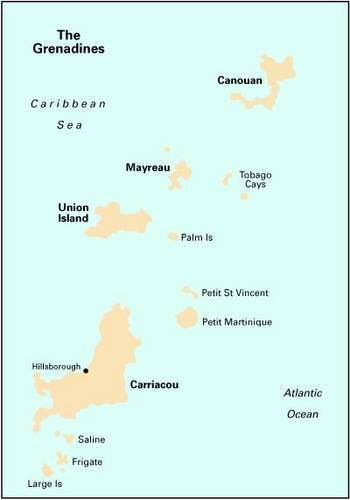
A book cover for Imray Iolaire Chart B311: Middle Grenadines; Imray; Travel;